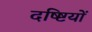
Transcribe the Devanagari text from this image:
दष्ष्टियों